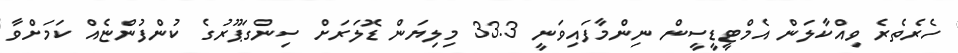
ހެރެތެރެ ވިއްކާލަން އެމްޓީޑީސީން ނިންމާފައިވަނީ 33.3 މިލިޔަން ޑޮލަރަށް ސިންގަޕޫރުގެ ކުންފުންޏެއް ކަމަށްވާ